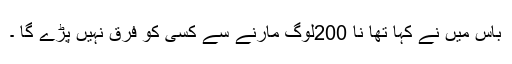
باس میں نے کہا تھا نا 200لوگ مارنے سے کسی کو فرق نہیں پڑے گا ۔